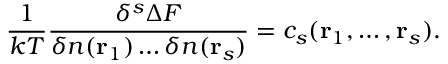
{ \frac { 1 } { k T } } { \frac { \delta ^ { s } \Delta F } { \delta n ( \mathbf { r } _ { 1 } ) \dots \delta n ( \mathbf { r } _ { s } ) } } = c _ { s } ( \mathbf { r } _ { 1 } , \dots , \mathbf { r } _ { s } ) .